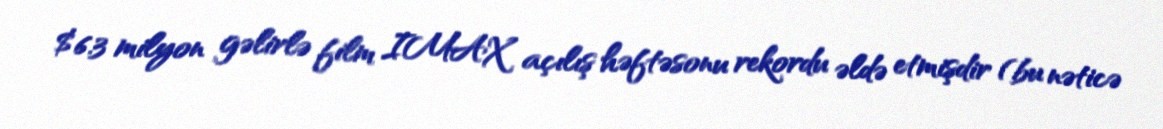
$6.3 milyon gəlirlə film IMAX açılış həftəsonu rekordu əldə etmişdir (bu nəticə